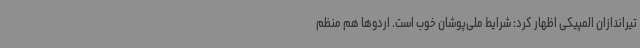
تیراندازان المپیکی اظهار کرد: شرایط ملی‌پوشان خوب است. اردوها هم منظم